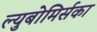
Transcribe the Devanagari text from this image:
ल्युबोमिर्सका